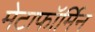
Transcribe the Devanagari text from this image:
मेटाफॉर्मिन